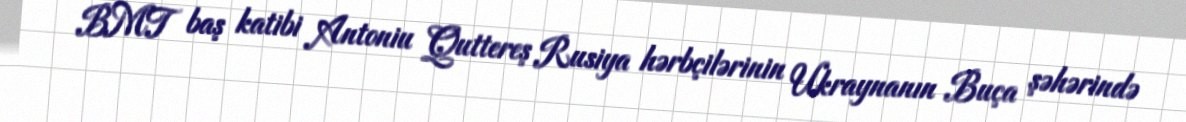
BMT baş katibi Antoniu Quttereş Rusiya hərbçilərinin Ukraynanın Buça şəhərində